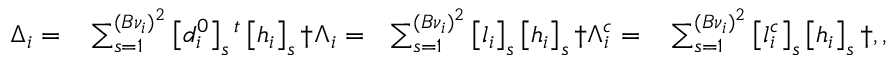
\begin{array} { r l r l } { \Delta _ { i } = } & { { } \sum _ { s = 1 } ^ { ( B { \nu } _ { i } ) ^ { 2 } } \left[ d _ { i } ^ { 0 } \right] _ { s } { } ^ { t } \left[ h _ { i } \right] _ { s } \dag \Lambda _ { i } = } & { \sum _ { s = 1 } ^ { ( B { \nu } _ { i } ) ^ { 2 } } \left[ l _ { i } \right] _ { s } \left[ h _ { i } \right] _ { s } \dag \Lambda _ { i } ^ { c } = } & { { } \sum _ { s = 1 } ^ { ( B { \nu } _ { i } ) ^ { 2 } } \left[ l _ { i } ^ { c } \right] _ { s } \left[ h _ { i } \right] _ { s } \dag , , } \end{array}